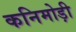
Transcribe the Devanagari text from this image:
कनिमोड़ी